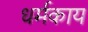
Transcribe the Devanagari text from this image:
धर्मकाय